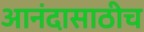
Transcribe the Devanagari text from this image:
आनंदासाठीच